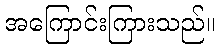
အကြောင်းကြားသည်။